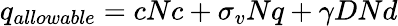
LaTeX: q_{allowable}=cNc+\sigma_{v}Nq+\gamma DNd